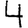
Digit: 4